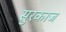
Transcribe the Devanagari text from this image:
सुरकाज